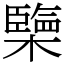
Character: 㯺